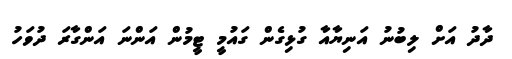
ދާދު އަށް ލިބުނު އަނިޔާއާ ގުޅިގެން ގައުމީ ޓީމުން އަންނަ އަންގާރަ ދުވަހު